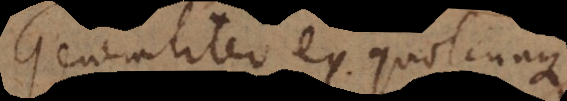
Generaliter ex quotcunque